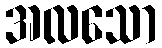
အလသော